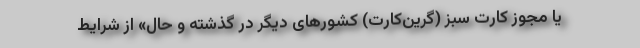
یا مجوز کارت سبز (گرین‌کارت) کشورهای دیگر در گذشته و حال» از شرایط